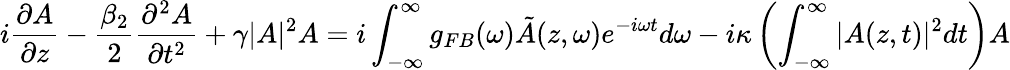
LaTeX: i\frac{\partial A}{\partial z}-\frac{\beta_{2}}{2}\frac{\partial^{2}A}{\partial t^{2}}+\gamma|A|^{2}A=i\int_{-\infty}^{\infty}g_{FB}(\omega)\tilde{A}(z,\omega)e^{-i\omega t}d\omega-i\kappa\left(\int_{-\infty}^{\infty}{|A(z,t)|^{2}dt}\right)A